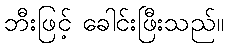
ဘီးဖြင့် ခေါင်းဖြီးသည်။